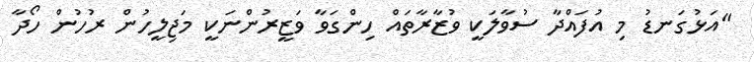
"އަޅުގަނޑު މި އުފައްދާ ސުވާލަކީ ވުޒާރާތައް ހިންގަވާ ވަޒީރުންނަކީ މަޖިލީހުން ރުހުން ހޯދާ